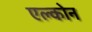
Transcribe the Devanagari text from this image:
एल्कोन